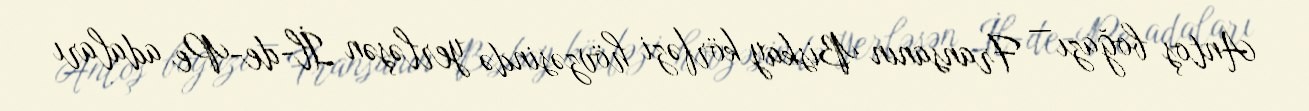
Antoş boğazı — Fransanın Biskay körfəzi hövzəsində yerləşən İl-de-Pe adaları